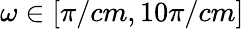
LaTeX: \omega\in[\pi/cm,10\pi/cm]